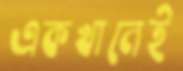
একখানেই